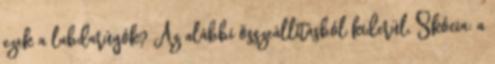
ezek a labdarúgók? Az alábbi összeállításból kiderül. Skócia: a